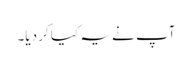
آپ نے یہ کیا کر دیا۔